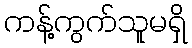
ကန့်ကွက်သူမရှိ